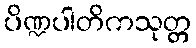
ပိဏ္ဍပါတိကသုတ္တ